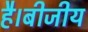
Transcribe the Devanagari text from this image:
है।बीजीय